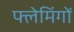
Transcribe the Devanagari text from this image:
फ्लेमिंगों